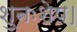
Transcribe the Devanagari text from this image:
शुनःशेप।